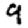
Digit: 9